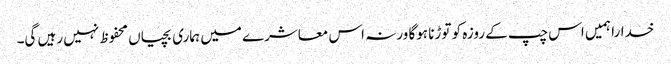
خدارا ہمیں اس چپ کے روزہ کو توڑنا ہوگا ورنہ اس معاشرے میں ہماری بچیاں محفوظ نہیں رہیں گی۔